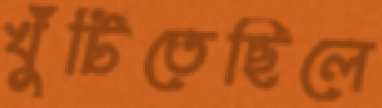
খুঁটিতেছিলে